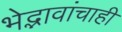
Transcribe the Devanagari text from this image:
भेद्भावांचाही